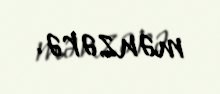
mənzərə.